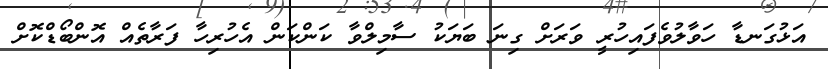
އަޅުގަނޑާ ހަވާލުވެފައިހުރީ ވަރަށް ގިނަ ބަޔަކު ސާމިލްވާ ކަންކަން އެހުރިހާ ފަރާތެއް އޮންބޯޑްކޮށް